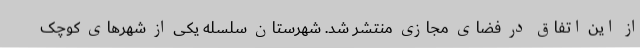
از این اتفاق در فضای مجازی منتشر شد. شهرستان سلسله یکی از شهرهای کوچک